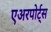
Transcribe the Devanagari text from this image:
एअरपोर्ट्‌स